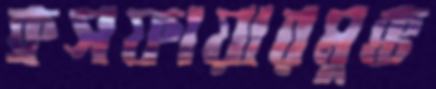
ক্রসফায়ারমুক্ত